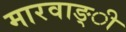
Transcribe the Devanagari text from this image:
मारवाङ्ी